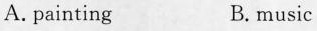
A. painting B. music